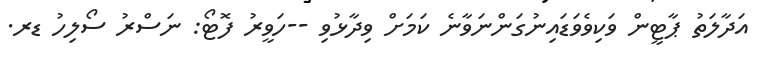
އަދާލަތު ޕާޓީން ވަކިވެވަޑައިނުގަންނަވާނެ ކަމަށް ވިދާޅުވި --ހަވީރު ފޮޓޯ: ނަސްރު ސޯލިހު ޑރ.